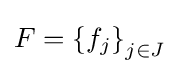
F=\left\{f_{j}\right\}_{j\in J}